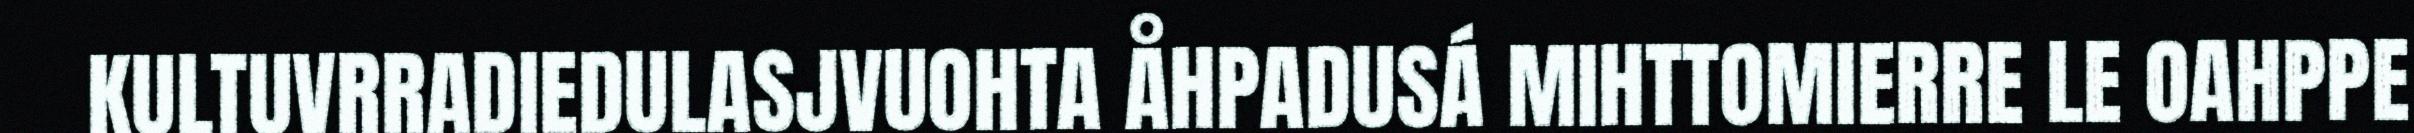
KULTUVRRADIEDULASJVUOHTA ÅHPADUSÁ MIHTTOMIERRE LE OAHPPE